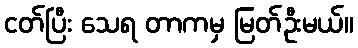
ငတ်ပြီး သေရ တာကမှ မြတ်ဦးမယ်။